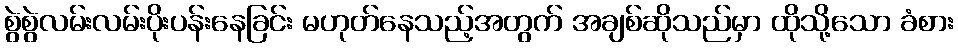
စွဲစွဲလမ်းလမ်းပိုးပန်းနေခြင်း မဟုတ်နေသည့်အတွက် အချစ်ဆိုသည်မှာ ထိုသို့သော ခံစား